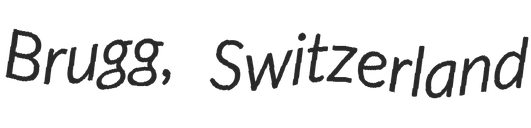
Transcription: Brugg, Switzerland